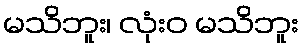
မသိဘူး၊ လုံးဝ မသိဘူး